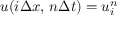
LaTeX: u ( i \Delta x , \, n \Delta t ) = u _ { i } ^ { n }